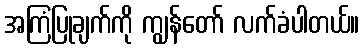
အကြံပြုချက်ကို ကျွန်တော် လက်ခံပါတယ်။